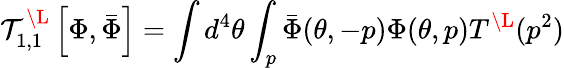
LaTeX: {\cal T}_{1,1}^{\L}\left[\Phi,\bar{\Phi}\right]=\int d^{4}\theta\int_{p}\bar{\Phi}(\theta,-p)\Phi(\theta,p)T^{\L}(p^{2})